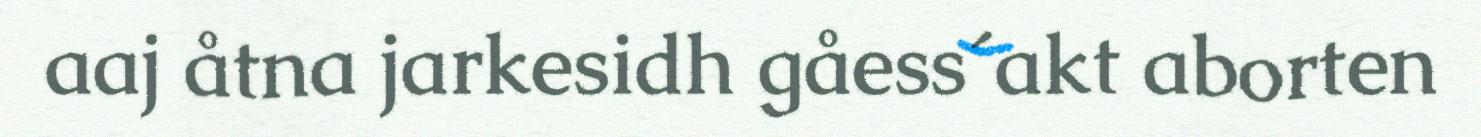
aaj åtna jarkesidh gåess´akt aborten